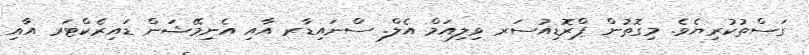
ގަސްތުކުރިޔެވެ. މިގޮތުން ޕްރޮޑިއުސަރ ވިލިއަމް އެލް. ސްނައިޑާރ އާއި އެނިމޭޝަން ޑައިރެކްޓަރ އާއި